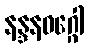
နန္ဒနဝဂ္ဂေါ